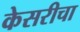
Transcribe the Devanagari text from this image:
केसरीचा